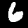
Digit: 6